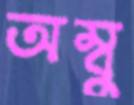
অম্বু